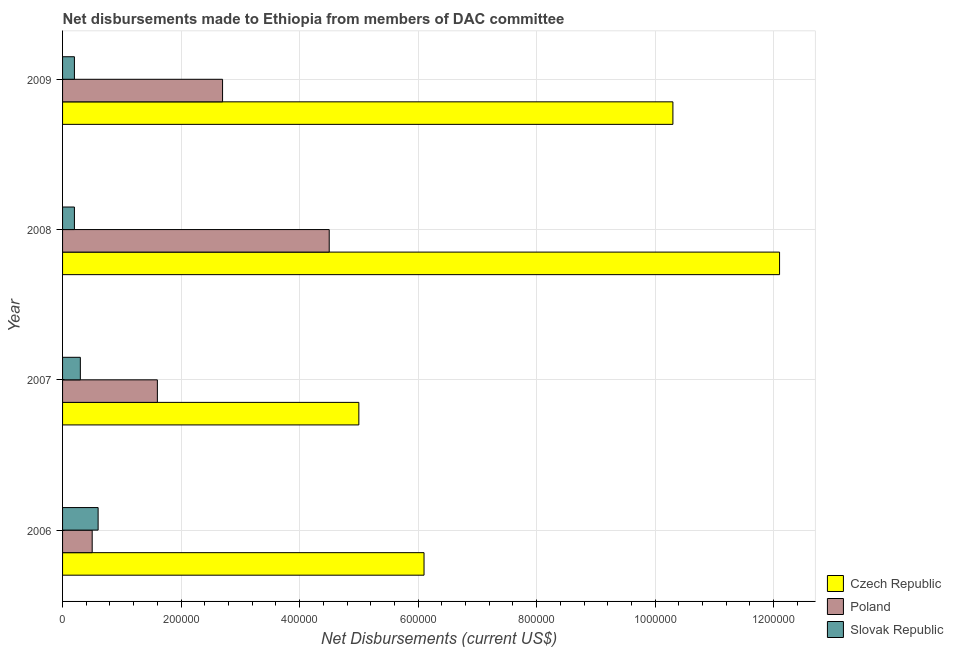
| Year | Czech Republic | Poland | Slovak Republic |
 | --- | --- | --- | --- |
 | 2006 | 6.1e+05 | 5e+04 | 6e+04 |
 | 2007 | 5e+05 | 1.6e+05 | 3e+04 |
 | 2008 | 1.21e+06 | 4.5e+05 | 2e+04 |
 | 2009 | 1.03e+06 | 2.7e+05 | 2e+04 |